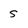
Character: S